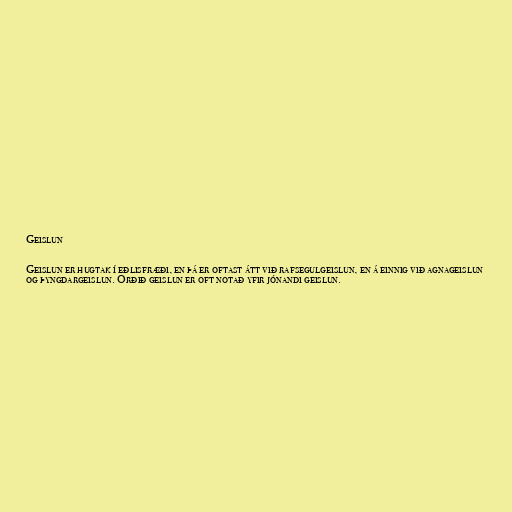
Geislun

Geislun er hugtak í eðlisfræði, en þá er oftast átt við rafsegulgeislun, en á einnig við agnageislun
og þyngdargeislun. Orðið geislun er oft notað yfir jónandi geislun.